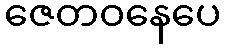
ဇေတဝနေပေ